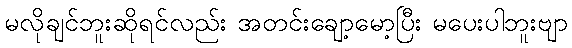
မလိုချင်ဘူးဆိုရင်လည်း အတင်းချော့မော့ပြီး မပေးပါဘူးဗျာ